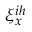
\xi _ { x } ^ { i h }